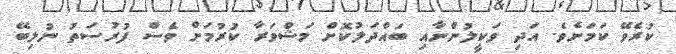
ކުރެވޭ ކަމަށެވެ. އަދި ވަކީލުންނާއި ބައްދަލުކޮށް މަޝްވަރާ ކުރުމަށް ވެސް ފުރުސަތު ނުލިބޭ